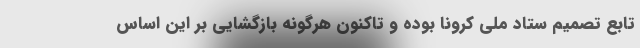
تابع تصمیم ستاد ملی کرونا بوده و تاکنون هرگونه بازگشایی بر این اساس